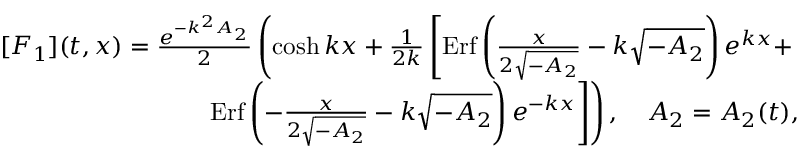
\begin{array} { r l r } & { } & { [ F _ { 1 } ] ( t , x ) = \frac { e ^ { - k ^ { 2 } A _ { 2 } } } { 2 } \left( \cosh k x + \frac { 1 } { 2 k } \left[ \mathrm { E r f } \left( \frac { x } { 2 \sqrt { - A _ { 2 } } } - k \sqrt { - A _ { 2 } } \right) e ^ { k x } + \right. \right. } \\ & { } & { \left. \left. \mathrm { E r f } \left( - \frac { x } { 2 \sqrt { - A _ { 2 } } } - k \sqrt { - A _ { 2 } } \right) e ^ { - k x } \right] \right) , \quad A _ { 2 } = A _ { 2 } ( t ) , } \end{array}